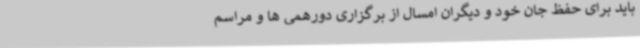
باید برای حفظ جان خود و دیگران امسال از برگزاری دورهمی ها و مراسم